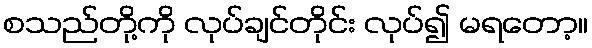
စသည်တို့ကို လုပ်ချင်တိုင်း လုပ်၍ မရတော့။